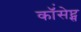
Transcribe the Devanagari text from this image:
कॉंसेप्ट्स